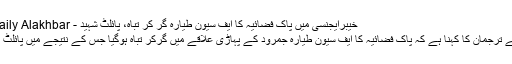
خیبرایجنسی میں پاک فضائیہ کا ایف سیون طیارہ گر کر تباہ، پائلٹ شہید - Daily AlakhbarDaily Alakhbar
جمرود: پاک فضائیہ کے ترجمان کا کہنا ہے کہ پاک فضائیہ کا ایف سیون طیارہ جمرود کے پہاڑی علاقے میں گرکر تباہ ہوگیا جس کے نتیجے میں پائلٹ عمرشہزاد شہید ہوگئے۔